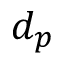
d _ { p }